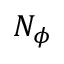
N _ { \phi }